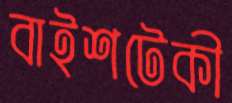
বাইশটেকী